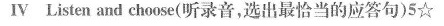
Ⅳ Listen and choose(听录音,选出最恰当的应答句)5\star